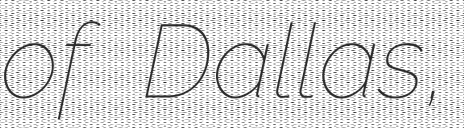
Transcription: of Dallas,